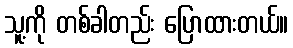
သူ့ကို တစ်ခါတည်း ပြောထားတယ်။